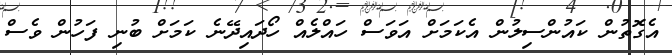
އެގޮތުން ކައުންސިލުން އެކަމަށް އަވަސް ހައްލެއް ހޯދައިދޭނެ ކަމަށް ބުނި ފަހުން ވެސް